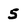
Character: 5